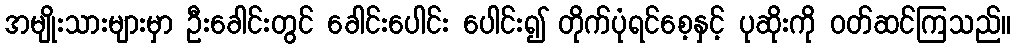
အမျိုးသားများမှာ ဦးခေါင်းတွင် ခေါင်းပေါင်း ပေါင်း၍ တိုက်ပုံရင်စေ့နှင့် ပုဆိုးကို ဝတ်ဆင်ကြသည်။